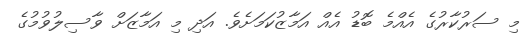
މި ސަރުކާރުގެ އެއްމެ ބޮޑު އެއް އަމާޒުކަމަށެވެ. އަދި މި އަމާޒަށް ވާސިލުވުމުގެ